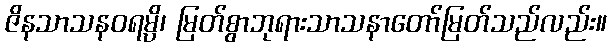
ဇိနသာသနဝရမ္ပိ၊ မြတ်စွာဘုရားသာသနာတော်မြတ်သည်လည်း။